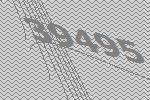
39495